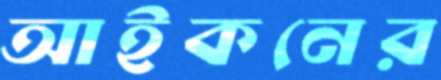
আইকনের